Bombay plague: being a history of the progress of plague in the Bombay presidency from September 1896 to June 1899
Year: 1896
Disease focus: Plague
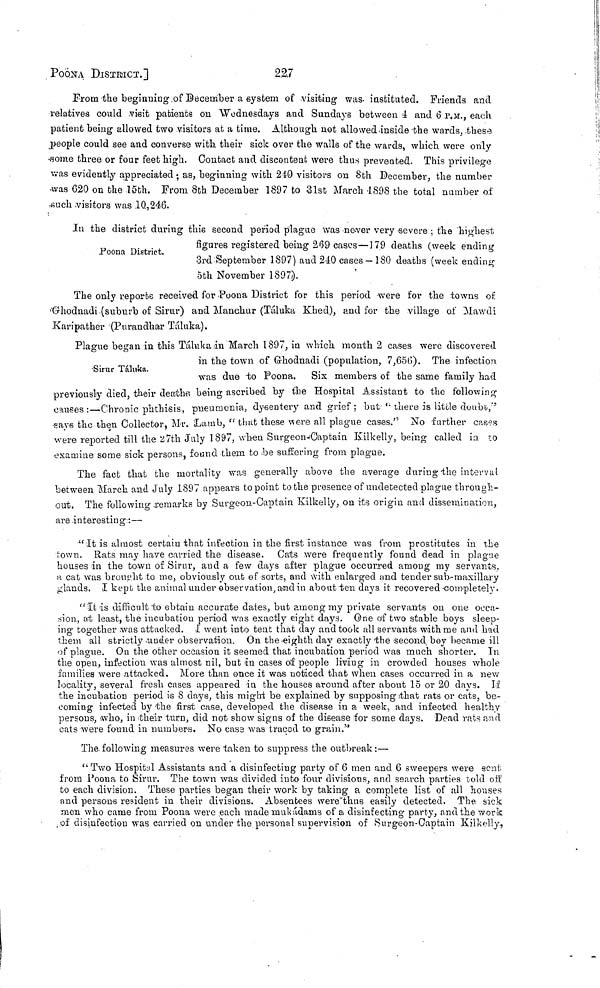
ΡOOΝΑ DISTRICT.]
2.27
From the beginning of December a system of visiting was instituted. Friends and
relatives could visit patients ou Wednesdays and Sundays between 4 and 6 P.M., each
patient being allowed two visitors at a time. Although not allowed inside the wards, these
people could see and converse with their sick over the walls of the wards, which were only
some three or four feet high. Contact and discontent were thus prevented. This privilege
was evidently appreciated ; as, beginning with 240 visitors on 8th December, the number
was 620 on the 15bh. From 8th December 1897 to 31st March 1898 the total number of
such visitors was 10,246.
Poona District.
In the district during this second period plague was never very severe ; the highest
figures registered being 269 cases—179 deaths (week ending
3rd September 1897) and 240 cases —180 deaths (week ending
5th November 1897).
The only reporte received for Poona District for this period -were for the towns of
Ghodnadi (suburb of Sirur) and Manchur (Táluka Khed), and for the village oí Mawdi
Karipather (Purandhar Táluka).
Sirur Táluka.
Plague began in this Táluka in March 1897, in which month 2 cases were discovered
in the town of Ghodnadi (population, 7,65(3). The infection
was due to Poona. Six members of the same family had
previously died, their deaths being ascribed by the Hospital Assistant to the following
causes :-Chronic phthisis, pneumonia, dysentery and grief ; but there is little doubt,"
says the then Collector, Mr. Lamb, " that these were all plague cases." No further cases
were reported till the 27th July 1897, when Surgeon Captain Kilkelly, being called in to
examine some sick persons, found them to be suffering from plague.
The fact that the mortality was generally above the average during the interval
between March and July 1897 appears to point to the presence of undetected plague through-
out. The following remarks by Surgeon-Captain Kilkelly, on its origin and dissemination,
are interesting :—
"It is almost certain that infection in the first instance was from prostitutes in the
town. Rats may have carried the disease. Cats were frequently found dead in plague
houses in the town of Sirur, and a few days after plague occurred among my servants,
a cat was brought to me, obviously out of sorts, and with enlarged and tender sub-maxillary
glands. I kept the animal under observation, and in about ten days it recovered completely.
"It is difficult to obtain accurate dates, but among my private servants on one occa-
sion, at least, the incubation period was exactly eight days. One of two stable boys sleep-
ing together was attacked. [ went into tent that day and took all servants with me and had
them all strictly under observation. On the eighth day exactly the second boy became ill
of plague. Ou the other occasion it seemed that incubation period was much shorter. In
the open, infection was almost nil, but in cases of people living in crowded houses whole
families were attacked. More than once it was noticed that when cases occurred in a new
locality, several fresh cases appeared in the houses around after about 15 or 20 days. If
the incubation period is 8 days, this might be explained by supposing that rats or cats, be-
coming infected by the first case, developed the disease in a week, and infected healthy
persons, who, in their turn, did not show signs of the disease for some days. Dead rats and
cats were found in numbere. No case was traced to grain."
The following measures were taken to suppress the outbreak :—
"Two Hospital Assistants and a disinfecting party of 6 men and 6 sweepers were sent
from Poona to Sirur. The town was divided into four divisions, and search parties told off
to each division. These parties began their work by taking a complete list of all houses
and persons resident in their divisions. Absentees were thus easily detected. The sick
men who came from Poona were each made mukádams of a disinfecting party, and the work
of disinfection was carried on under the personal supervision of Surgeon-Captain Kilkelly,